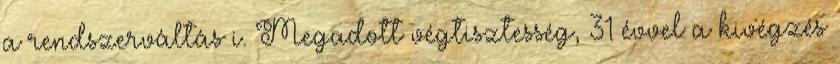
a rendszerváltás i. Megadott végtisztesség, 31 évvel a kivégzés